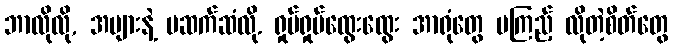
ဘာလိုလို, အများနဲ့ မဆက်ဆံလို. ရှုပ်ရှုပ်ထွေးထွေး အာရုံတွေ မကြည့် လိုတဲ့စိတ်တွေ